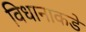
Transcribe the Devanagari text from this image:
विधानाकडे